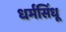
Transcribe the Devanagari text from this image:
धर्मसिंधू